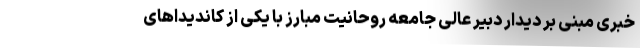
خبری مبنی بر دیدار دبیر عالی جامعه روحانیت مبارز با یکی از کاندیداهای